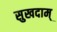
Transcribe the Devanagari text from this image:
सुखदाम्